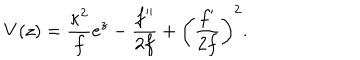
V ( z ) = \frac { { \kappa } ^ { 2 } } { f } e ^ { z } - \frac { f ^ { \prime \prime } } { 2 f } + \left( \frac { f ^ { \prime } } { 2 f } \right) ^ { 2 } .